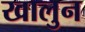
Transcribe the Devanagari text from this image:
खालुन